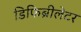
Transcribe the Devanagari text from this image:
डिफिब्रीलेटर